Report on horse surra - Volume I
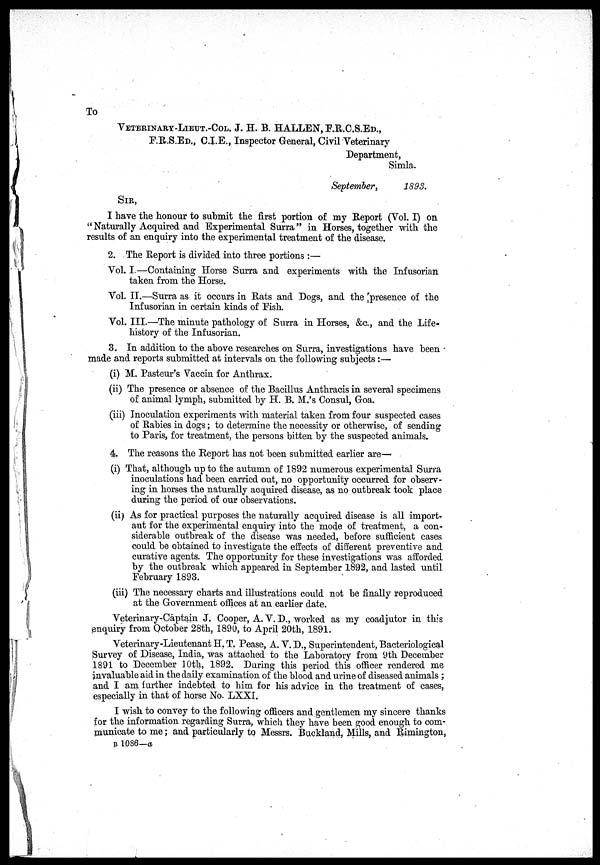
To
VETERINARY-LIEUT.-COL. J. H. B. HALLEN, F.R.C.S.ED.,
E.R.S.ED., C.I.E., Inspector General, Civil Veterinary
Department,
Simla.
September,
1893.
SIR,
I have the honour to submit the first portion of my Report (Vol. I) on
"Naturally Acquired and Experimental Surra" in Horses, together with the
results of an enquiry into the experimental treatment of the disease.
2. The Report is divided into three portions :—
Vol. I.—Containing Horse Surra and experiments with the Infusorian
taken from the Horse.
Vol. II.—Surra as it occurs in Rats and Dogs, and the presence of the
Infusorian in certain kinds of Fish.
Vol. III.—The minute pathology of Surra in Horses, &c., and the Life-
history of the Infusorian.
3. In addition to the above researches on Surra, investigations have been
made and reports submitted at intervals on the following subjects:—
(i) M. Pasteur's Vaccin for Anthrax.
(ii) The presence or absence of the Bacillus Anthracis in several specimens
of animal lymph, submitted by H. B. M.'s Consul, Goa.
(iii) Inoculation experiments with material taken from four suspected cases
of Rabies in dogs; to determine the necessity or otherwise, of sending
to Paris, for treatment, the persons bitten by the suspected animals.
4. The reasons the Report has not been submitted earlier are—
(i) That, although up to the autumn of 1892 numerous experimental Surra
inoculations had been carried out, no opportunity occurred for observ-
ing in horses the naturally acquired disease, as no outbreak took place
during the period of our observations.
(ii) As for practical purposes the naturally acquired disease is all import-
ant for the experimental enquiry into the mode of treatment, a con-
siderable outbreak of the disease was needed, before sufficient cases
could be obtained to investigate the effects of different preventive and
curative agents. The opportunity for these investigations was afforded
by the outbreak which appeared in September 1892, and lasted until
February 1893.
(iii) The necessary charts and illustrations could not be finally reproduced
at the Government offices at an earlier date.
Veterinary-Captain J. Cooper, A. V. D., worked as my coadjutor in this
enquiry from October 28th, 1890, to April 20th, 1891.
Veterinary-Lieutenant H. T. Pease, A. V. D., Superintendent, Bacteriological
Survey of Disease, India, was attached to the Laboratory from 9th December
1891 to December 10th, 1892. During this period this officer rendered me
invaluable aid in the daily examination of the blood and urine of diseased animals ;
and I am further indebted to him for his advice in the treatment of cases,
especially in that of horse No. LXXI.
I wish to convey to the following officers and gentlemen my sincere thanks
for the information regarding Surra, which they have been good enough to com-
municate to me; and particularly to Messrs. Buckland, Mills, and Rimington,
B 1086—a